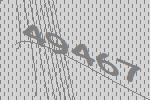
49467